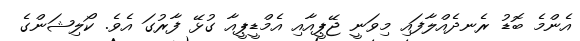
އެންމެ ބޮޑު ރެނދެއްލާފައި މިވަނީ ޖޭޕީއާއި އެމްޑީޕީއާ ގުޅޭ ފާރުގަ އެވެ. ކޯލިޝަންގެ